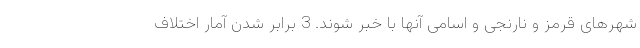
شهرهای قرمز و نارنجی و اسامی آنها با خبر شوند. 3 برابر شدن آمار اختلاف